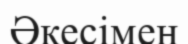
Әкесімен